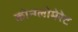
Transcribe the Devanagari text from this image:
कोन्ग्लोमेरेट